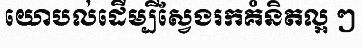
យោបល់ដើម្បីស្វែងរកគំនិតល្អ ៗ